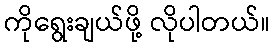
ကိုရွေးချယ်ဖို့ လိုပါတယ်။